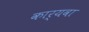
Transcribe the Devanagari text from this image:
कार्यवा